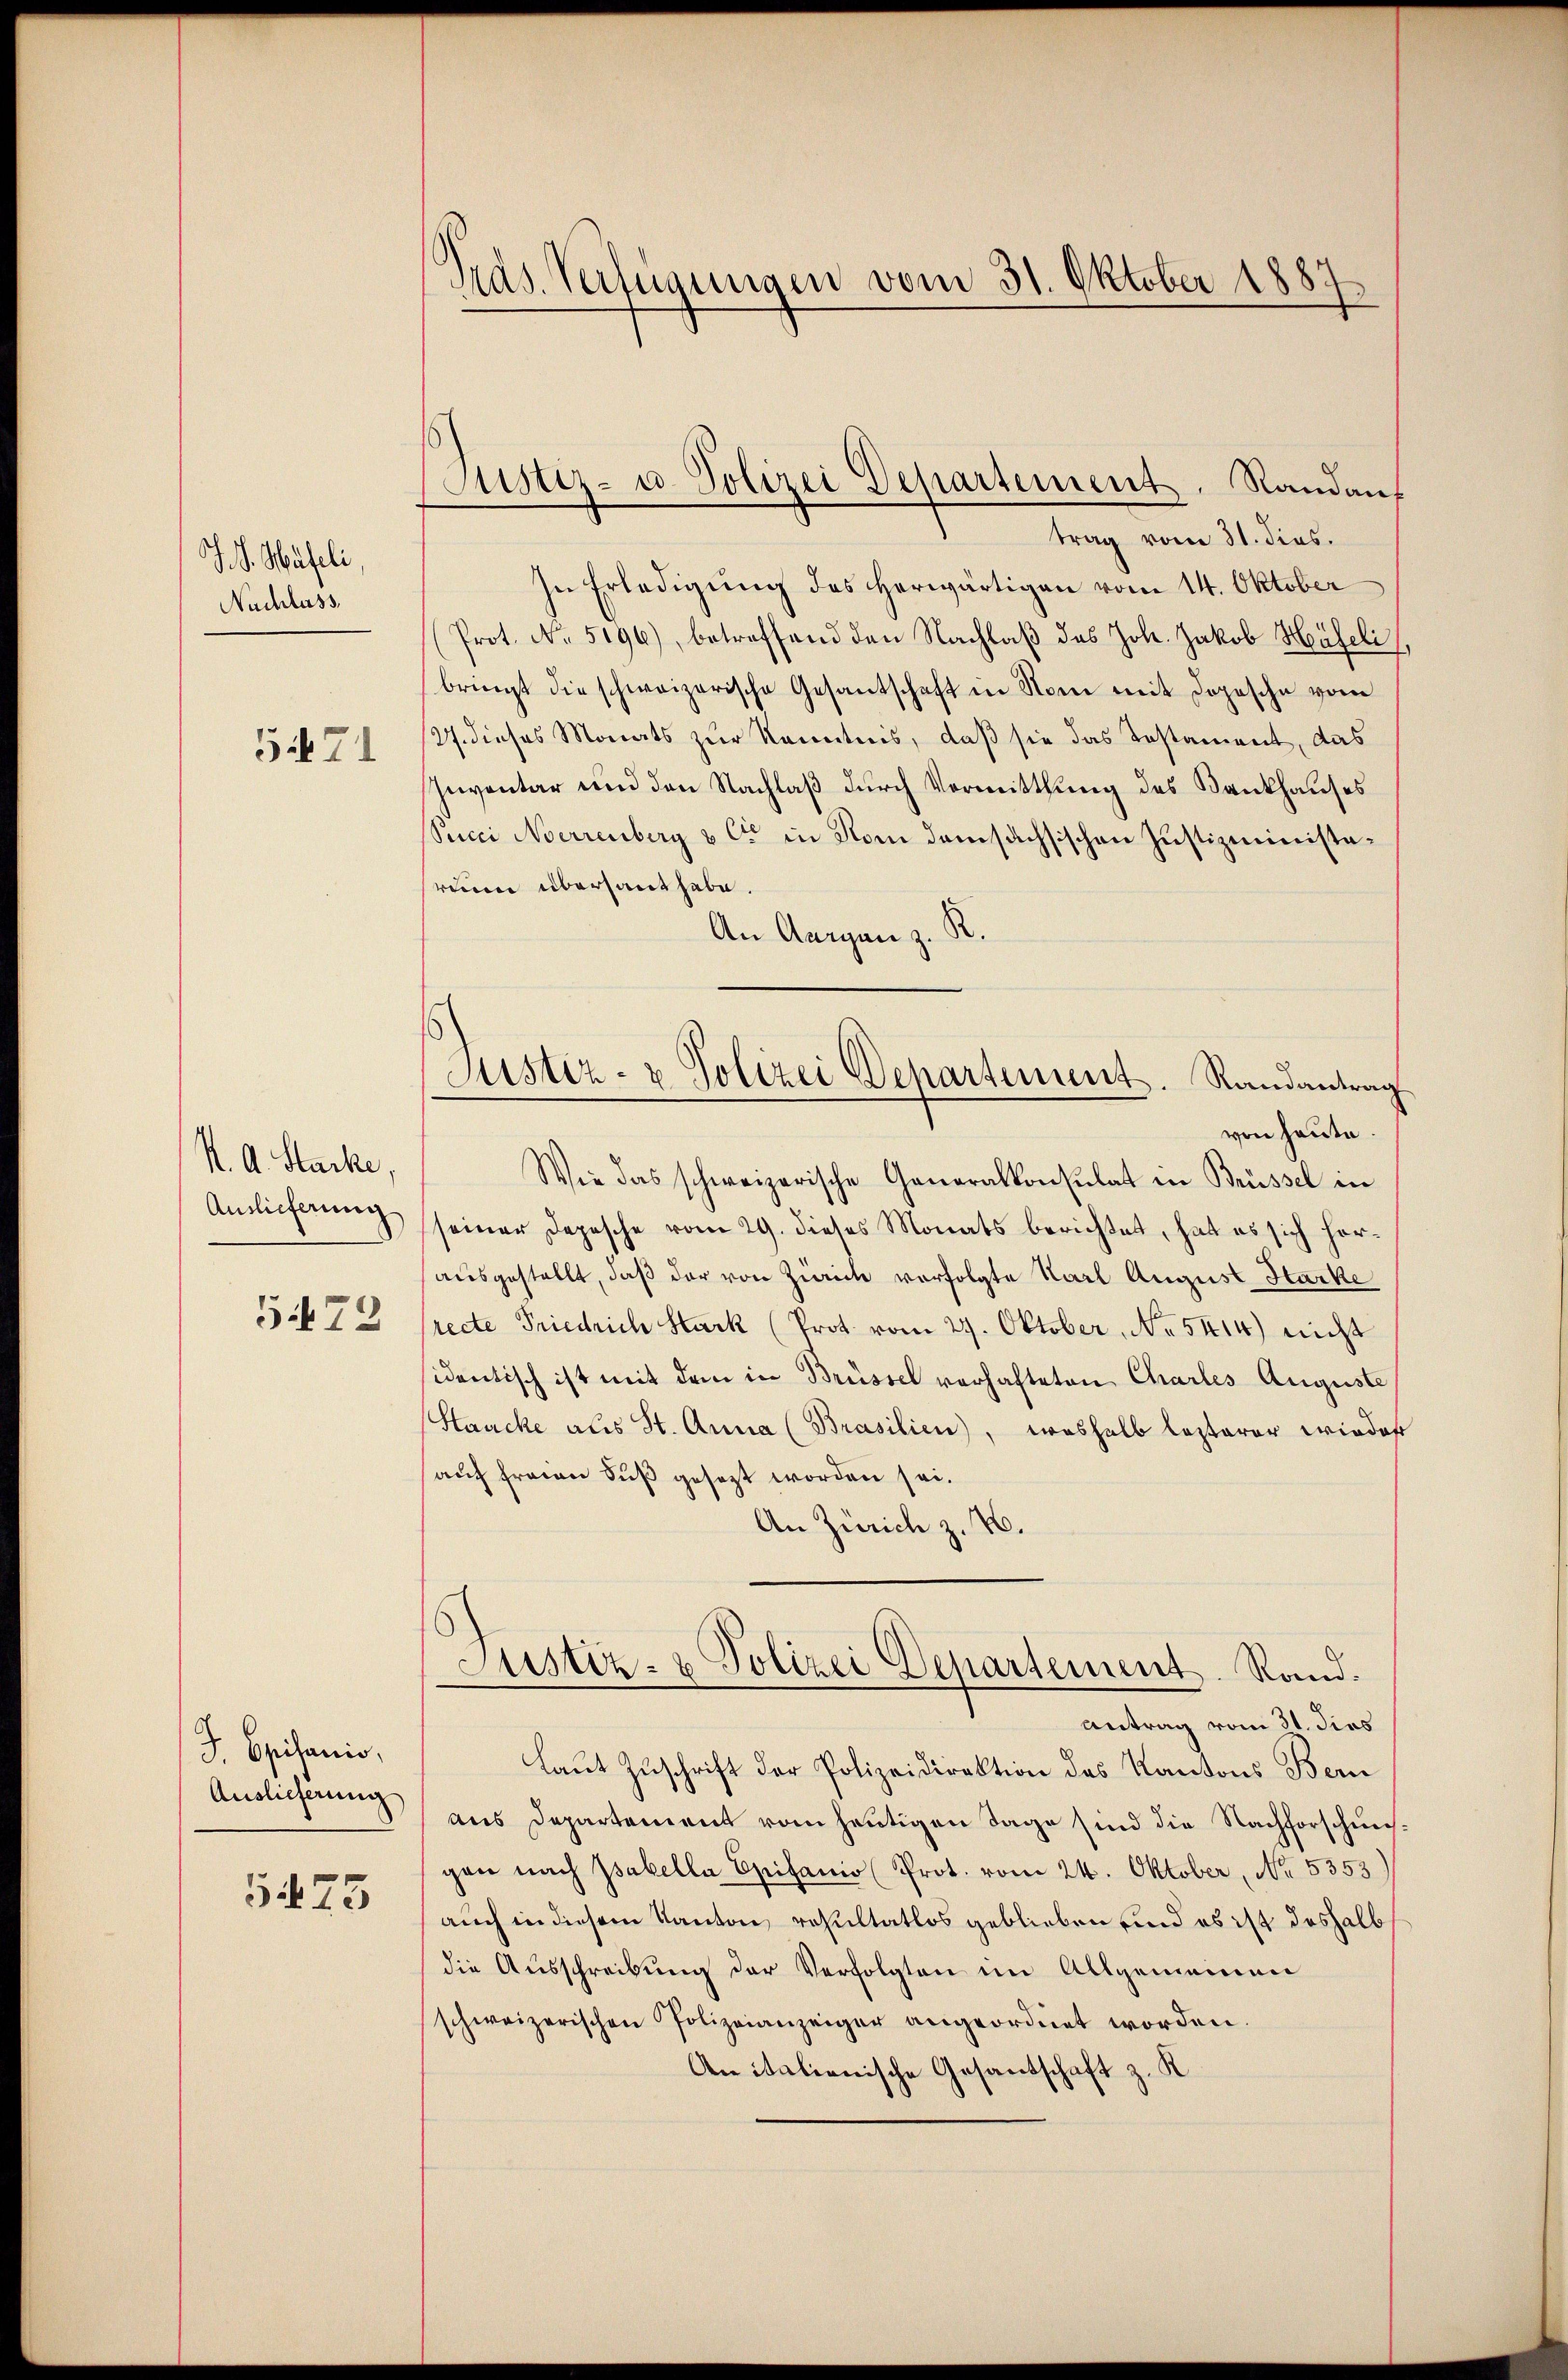
J. V. Haseli,
Nachlass

5471

K. A. Stacke,
Auslieferung
5472

J Episanio,
Auslieferung

5475

Pras. Verfügungen vom 31. Oktober 1887

Justiz- u. Polizei Departement. Randauf

Justiz- & Polizei Departement. Randantrag

trag vom 31. dies.
In Erledigŭng des herwärtigen vom 14. Oktober
Prot. N. 5196), betreffend den Nachlaβ des Joh. Jakob Häfeli
bringt die schweizerische Gesantschaft in Nom mit Dopesche vom
27. dieses Monats zur Kenntnis, daß sie das Testament, das
Inventar und den Nachlaß durch Vormittlung des Bankhauses
Succi Nerrenberg & Cie in Rom damsachsischen Justizministareuen übersaut habe.
.
An Aargau z.
von heute.
Wie das schweizerische Generalkonsulat in Brüssel in
seiner Depesche vom 29. dieses Monats berichtet, hat es sich horausgestellt, daß der von Zürich vorfolgte Karl August Harke
recte Friedrich Hark (Prot. vom 29. Oktober, No 5414) nicht
identisch ist mit dem in Brüssel vorhafteten Charles Auguste
Stauche als St. Anna (Brasilien), weshalb lezterer wieder
auf freien Fuß gesezt worden sei.
An Zürich z. B.
Justiz- & Polizei Departement. Rand¬
Antrag vom 31. dies
Laut Zuschrift der Polizeidirektion des Kantons Bern
aus Departement vom heutigen Tage sind die Nachforschung
gen nach Tabella Epifanio (Prot. vom 24. Oktober, No. 5353)
auch in diesem Kanton, resultatlos geblieben und es ist deshalb
die Ausschreibung der Verfolgten im Allgemeinen
schweizerischen Polizeianzeiger angeordnet worden.
An italionische Gesantschaft z. K